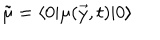
\tilde { \mu } = \langle 0 | \mu ( \vec { y } , t ) | 0 \rangle